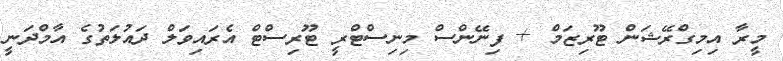
މީރާ އިމިގްރޭޝަން ޓޫރިޒަމް + ފިނޭންސް މިނިސްޓްރީ ޓޫރިސްޓް އެރައިވަލް ދައުލަތުގެ އާމްދަނީ